Vaccination in Bombay 1869-1873 - 1869-1873
Year: 1869
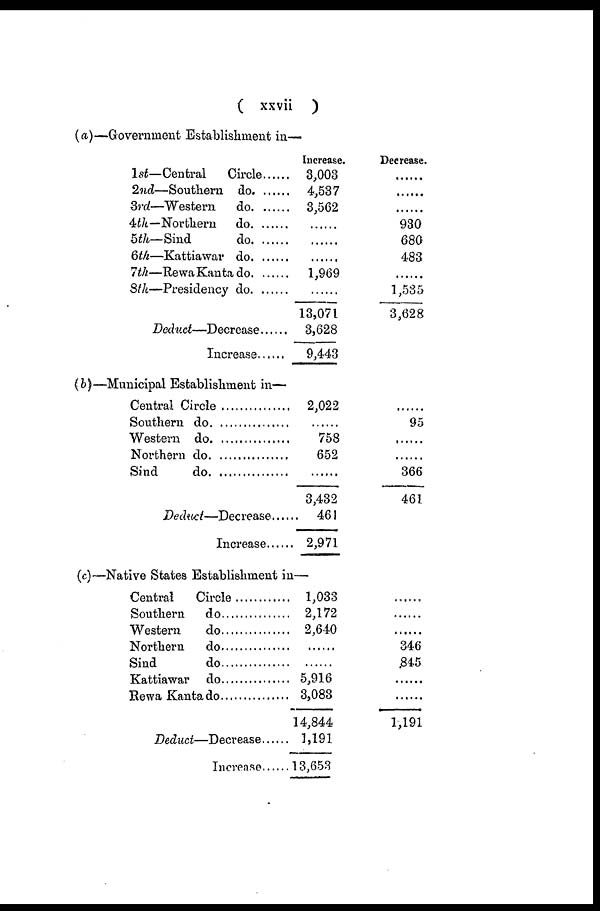
( xxvii )
(a)—Government Establishment in—
1st—Central
Circle
2nd—Southern do. ......
3rd—Western do. ......
4th—Northern do. ......
5th—Sind do. ......
6th—Kattiawar do. ......
7th—Rewa Kanta do. ......
8th—Presidency do. ......
Deduct—Decrease ......
Increase
Increase.
3,003
4,537
3,562
......
......
......
1,969
......
13,071
3,628
9,443
Decrease.
......
......
......
930
680
483
......
1,535
3,628
(b)—Municipal Establishment in—
Central Circle .............
Southern do. .............
Western do. .............
Northern do. .............
Sind do. .............
Deduct—Decrease......
Increase......
2,022
......
758
652
......
3,432
461
2,971
......
95
......
......
366
461
(c)—Native States Establishment in—
Central
Circle
Southern do...................
Western do...................
Northern do...................
Sind do...................
Kattiawar do...................
Rewa Kanta do...............
Deduct—Decrease......
Increase
1,033
2,172
2,640
......
......
5,916
3,083
14,844
1,191
13,653
......
......
......
346
845
......
......
1,191